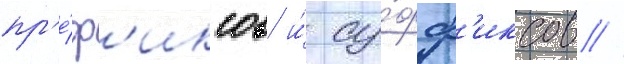
пр'е́ф'иксов и́ су́фф'иксов //